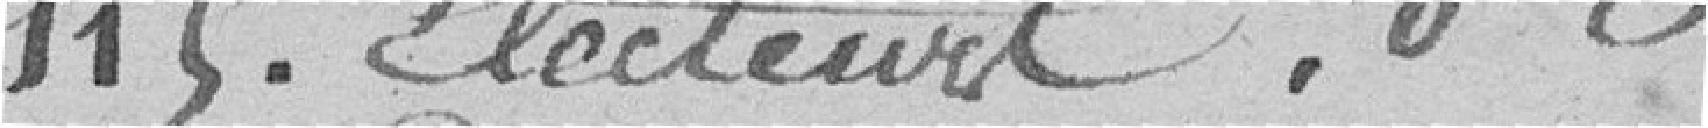
115 électeurs.